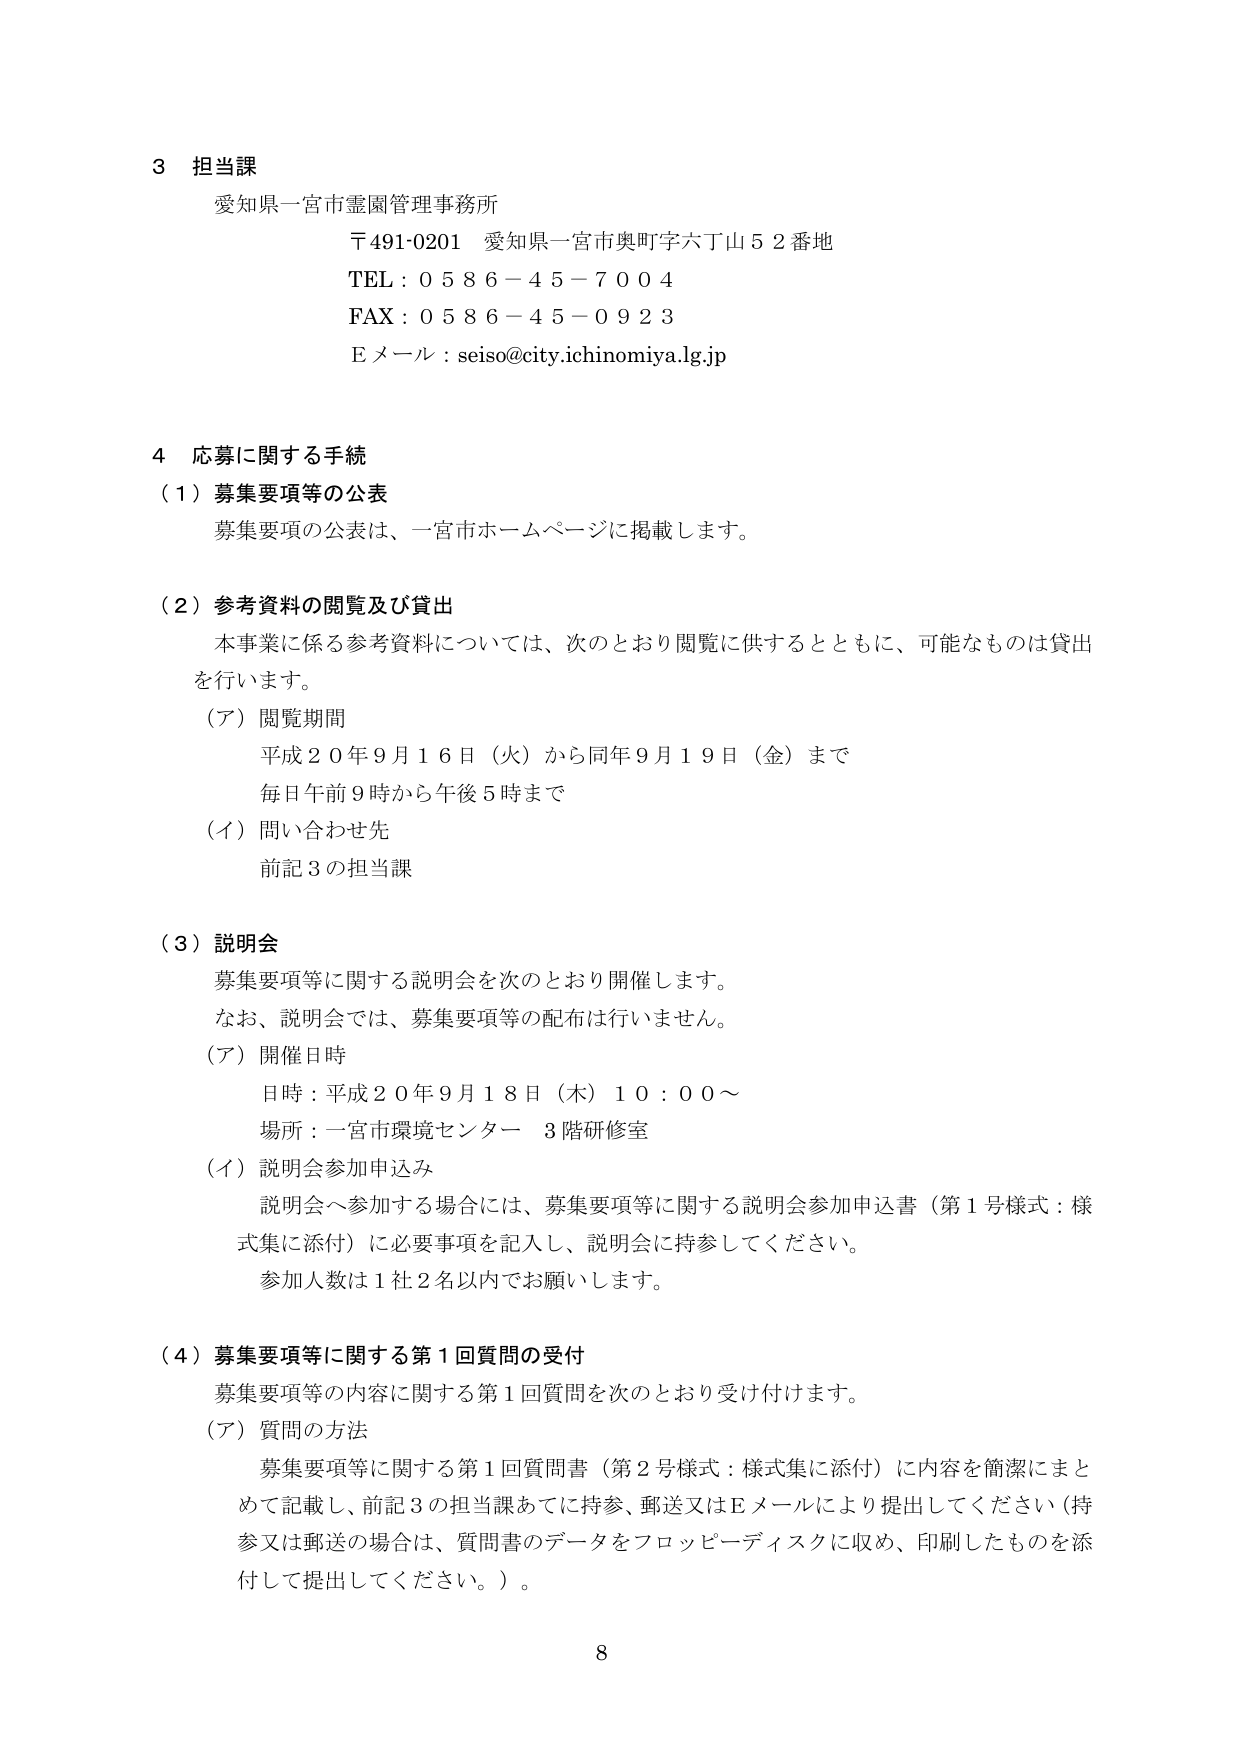
3 担当課
愛知県一宮市霊園管理事務所
〒491-0201 愛知県一宮市奥町字六丁山52番地
TEL：0586-45-7004
FAX：0586-45-0923
Eメール：seiso@city.ichinomiya.lg.jp

4 応募に関する手続
（1）募集要項等の公表
　募集要項の公表は、一宮市ホームページに掲載します。

（2）参考資料の閲覧及び貸出
　本事業に係る参考資料については、次のとおり閲覧に供するとともに、可能なものは貸出を行います。
　（ア）閲覧期間
　　　平成20年9月16日（火）から同年9月19日（金）まで
　　　毎日午前9時から午後5時まで
　（イ）問い合わせ先
　　　前記3の担当課

（3）説明会
　募集要項等に関する説明会を次のとおり開催します。
　なお、説明会では、募集要項等の配布は行いません。
　（ア）開催日時
　　　日時：平成20年9月18日（木）10：00～
　　　場所：一宮市環境センター 3階研修室
　（イ）説明会参加申込み
　　　説明会へ参加する場合には、募集要項等に関する説明会参加申込書（第1号様式：様式集に添付）に必要事項を記入し、説明会に持参してください。
　　　参加人数は1社2名以内でお願いします。

（4）募集要項等に関する第1回質問の受付
　募集要項等の内容に関する第1回質問を次のとおり受け付けます。
　（ア）質問の方法
　　　募集要項等に関する第1回質問書（第2号様式：様式集に添付）に内容を簡潔にまとめて記載し、前記3の担当課あてに持参、郵送又はEメールにより提出してください（持参又は郵送の場合は、質問書のデータをフロッピーディスクに収め、印刷したものを添付して提出してください。）。

8